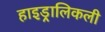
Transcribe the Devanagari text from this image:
हाइड्रालिकली